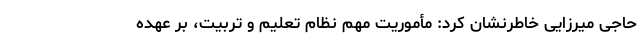
حاجی میرزایی خاطرنشان کرد: مأموریت مهم نظام تعلیم و تربیت، بر عهده